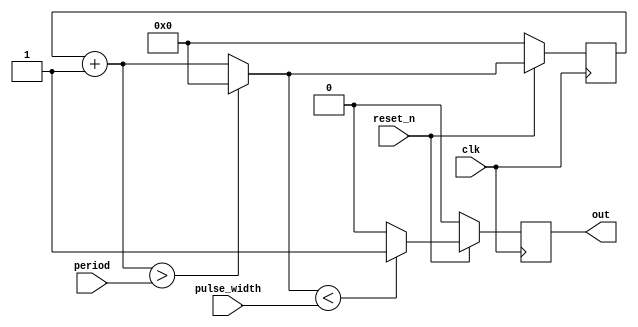
module PWM #(parameter n = 32, parameter m = 4)(  
 input reset_n, clk, 
 input [n-1:0] pulse_width, 
 input [n-1:0] period, 
 output wire out 
 ); 
 
 
 
 
 reg [n-1:0] counter_d, counter_q; 
 reg pwm_d, pwm_q;
 
 //It runs on the edge to increase accuracy. 
 always@(posedge clk) 
 begin 
 	 
 	//if reset button is pressed 
    if(~reset_n)  
    begin 
 		counter_q <= 32'b0;  
		pwm_q <= 0;
 	 end 
 	 
 	//when LED should be high 
 	else 
	begin
	  counter_q <= counter_d;
	
	  pwm_q <= pwm_d;
	
	end
 	 
 end  
 
 
 //It runs on the edge to increase accuracy. 
 always@(*) 
 begin 
	counter_d = counter_q + 1;
 
 
	if (counter_d > period)
	begin
	  counter_d = 0;
	end
	
	pwm_d = (counter_d < pulse_width)?1:0;
	
		 
 end 
 
 assign out = pwm_q;
 
 endmodule